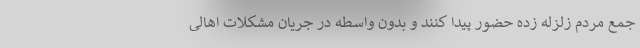
جمع مردم زلزله زده حضور پیدا کنند و بدون واسطه در جریان مشکلات اهالی